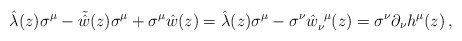
\begin{align*}\hat{\lambda}(z)\sigma^{\mu}-\tilde{\hat{w}}(z)\sigma^{\mu}+\sigma^{\mu}\hat{w}(z)=\hat{\lambda}(z)\sigma^{\mu}-\sigma^{\nu}\hat{w}_{\nu}^{~\mu}(z)=\sigma^{\nu}\partial_{\nu}h^{\mu}(z)\,,\end{align*}